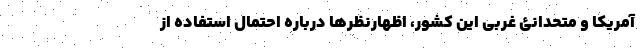
آمریکا و متحدانئ غربی این کشور، اظهارنظرها درباره احتمال استفاده از